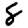
Digit: 8